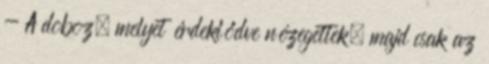
- A doboz, melyet érdeklődve nézegettek, majd csak az